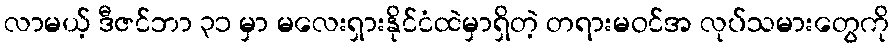
လာမယ့် ဒီဇင်ဘာ ၃၁ မှာ မလေးရှားနိုင်ငံထဲမှာရှိတဲ့ တရားမဝင်အ လုပ်သမားတွေကို